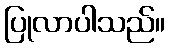
ပြုလာပါသည်။